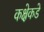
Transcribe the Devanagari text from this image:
कक्षेकडे